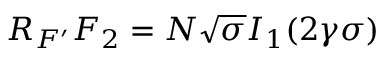
R _ { F ^ { \prime } } F _ { 2 } = N \sqrt { \sigma } I _ { 1 } ( 2 \gamma \sigma )